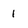
Character: 1